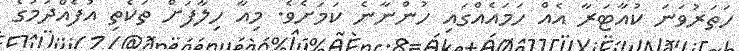
ހަތަރުވަނަ ކުއާޓަރާ އެއް ހަމައެއްގައި ހުންނާނެ ކަމަށެވެ. މިއާ ހިލާފަށް ތަކެތި އުފެއްދުމުގެ